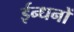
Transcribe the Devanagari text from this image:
ईन्धनों